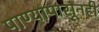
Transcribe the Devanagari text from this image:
पाण्यापासूनही